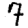
Digit: 7